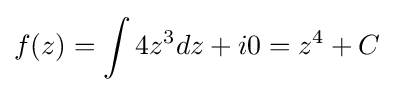
f(z)=\int 4z^{3}dz+i0=z^{4}+C